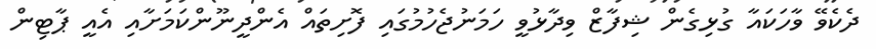
ދެކެވޭ ވާހަކައާ ގުޅިގެން ޝިފާޒް ވިދާޅުވީ ހަމަނުޖެހުމުގައި ފޮށިތައް އެންދީނޫންކަމަށާއި އެއީ ޕާޓިން